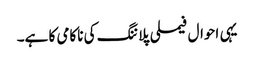
یہی احوال فیملی پلاننگ کی ناکامی کا ہے۔